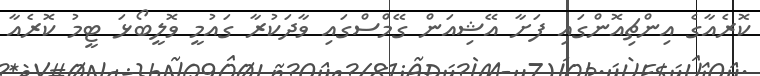
ކޮރެއާގެ އިންޗިއޮންގައި ފަށާ އޭޝިއަން ގޭމްސްގައި ވާދަކުރާ ގައުމީ ވޮލީބޯޅަ ޓީމު ކޮރެއާ